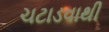
ચટાડવાથી